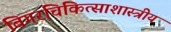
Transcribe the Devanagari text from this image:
बिगरचिकित्साशास्त्रीय